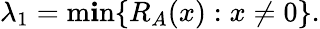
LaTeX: \lambda_{1}=\operatorname*{m\mathbf{i}n}\{ R_{A}(x):x\neq0\} .